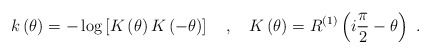
\begin{align*}k\left( \theta \right) =-\log \left[K\left( \theta \right) K\left( -\theta\right)\right] \quad ,\quad K\left( \theta \right) =R^{(1)}\left( i\frac{\pi}{2}-\theta \right)\ .\end{align*}